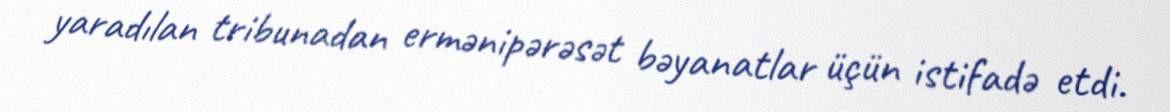
yaradılan tribunadan ermənipərəsət bəyanatlar üçün istifadə etdi.